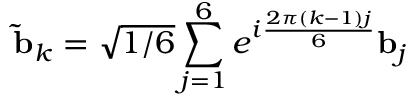
\mathbf { \tilde { b } } _ { k } = \sqrt { 1 / 6 } \sum _ { j = 1 } ^ { 6 } e ^ { i \frac { 2 \pi ( k - 1 ) j } { 6 } } \mathbf { b } _ { j }